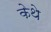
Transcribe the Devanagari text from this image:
केथे